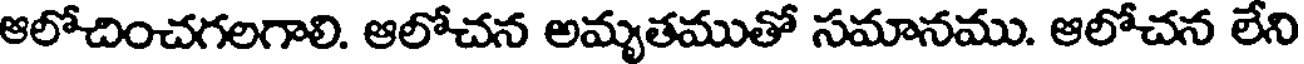
ఆలోచించగలగాలి. ఆలోచన అమృతముతో సమానము. ఆలోచన లేని